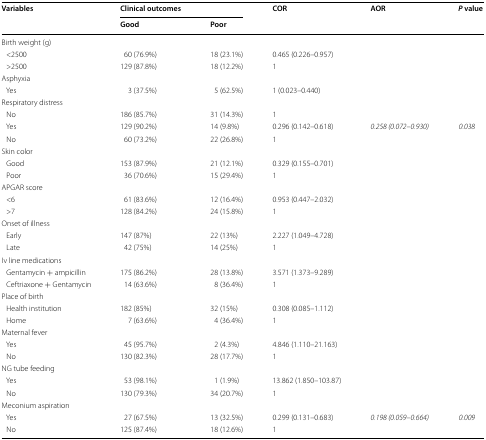
<table><thead><tr><td rowspan="2"><b>Variables</b></td><td colspan="2"><b>Clinical outcomes</b></td><td rowspan="2"><b>COR</b></td><td rowspan="2"><b>AOR</b></td><td rowspan="2"><b><i>P</i> value</b></td></tr><tr><td><b>Good</b></td><td><b>Poor</b></td></tr></thead><tbody><tr><td colspan="6">Birth weight (g)</td></tr><tr><td> &lt;2500 </td><td>60 (76.9%)</td><td>18 (23.1%)</td><td>0.465 (0.226–0.957)</td><td></td><td></td></tr><tr><td> &gt;2500</td><td>129 (87.8%)</td><td>18 (12.2%)</td><td>1</td><td></td><td></td></tr><tr><td colspan="6">Asphyxia</td></tr><tr><td> Yes</td><td>3 (37.5%)</td><td>5 (62.5%)</td><td>1 (0.023–0.440)</td><td></td><td></td></tr><tr><td colspan="6">Respiratory distress</td></tr><tr><td> No</td><td>186 (85.7%)</td><td>31 (14.3%)</td><td>1</td><td></td><td></td></tr><tr><td> Yes</td><td>129 (90.2%)</td><td>14 (9.8%)</td><td>0.296 (0.142–0.618)</td><td><i>0.258 (0.072–0.930)</i></td><td><i>0.038</i></td></tr><tr><td> No</td><td>60 (73.2%)</td><td>22 (26.8%)</td><td>1</td><td></td><td></td></tr><tr><td colspan="6">Skin color</td></tr><tr><td> Good</td><td>153 (87.9%)</td><td>21 (12.1%)</td><td>0.329 (0.155–0.701)</td><td></td><td></td></tr><tr><td> Poor</td><td>36 (70.6%)</td><td>15 (29.4%)</td><td>1</td><td></td><td></td></tr><tr><td colspan="6">APGAR score</td></tr><tr><td> &lt;6</td><td>61 (83.6%)</td><td>12 (16.4%)</td><td>0.953 (0.447–2.032)</td><td></td><td></td></tr><tr><td> &gt;7</td><td>128 (84.2%)</td><td>24 (15.8%)</td><td>1</td><td></td><td></td></tr><tr><td colspan="6">Onset of illness</td></tr><tr><td> Early</td><td>147 (87%)</td><td>22 (13%)</td><td>2.227 (1.049–4.728)</td><td></td><td></td></tr><tr><td> Late</td><td>42 (75%)</td><td>14 (25%)</td><td>1</td><td></td><td></td></tr><tr><td colspan="6">Iv line medications</td></tr><tr><td> Gentamycin + ampicillin</td><td>175 (86.2%)</td><td>28 (13.8%)</td><td>3.571 (1.373–9.289)</td><td></td><td></td></tr><tr><td> Ceftriaxone + Gentamycin</td><td>14 (63.6%)</td><td>8 (36.4%)</td><td>1</td><td></td><td></td></tr><tr><td colspan="6">Place of birth</td></tr><tr><td> Health institution</td><td>182 (85%)</td><td>32 (15%)</td><td>0.308 (0.085–1.112)</td><td></td><td></td></tr><tr><td> Home</td><td>7 (63.6%)</td><td>4 (36.4%)</td><td>1</td><td></td><td></td></tr><tr><td colspan="6">Maternal fever</td></tr><tr><td> Yes</td><td>45 (95.7%)</td><td>2 (4.3%)</td><td>4.846 (1.110–21.163)</td><td></td><td></td></tr><tr><td> No</td><td>130 (82.3%)</td><td>28 (17.7%)</td><td>1</td><td></td><td></td></tr><tr><td colspan="6">NG tube feeding</td></tr><tr><td> Yes</td><td>53 (98.1%)</td><td>1 (1.9%)</td><td>13.862 (1.850–103.87)</td><td></td><td></td></tr><tr><td> No</td><td>130 (79.3%)</td><td>34 (20.7%)</td><td>1</td><td></td><td></td></tr><tr><td colspan="6">Meconium aspiration</td></tr><tr><td> Yes</td><td>27 (67.5%)</td><td>13 (32.5%)</td><td>0.299 (0.131–0.683)</td><td><i>0.198 (0.059–0.664)</i></td><td><i>0.009</i></td></tr><tr><td> No</td><td>125 (87.4%)</td><td>18 (12.6%)</td><td>1</td><td></td><td></td></tr></tbody></table>